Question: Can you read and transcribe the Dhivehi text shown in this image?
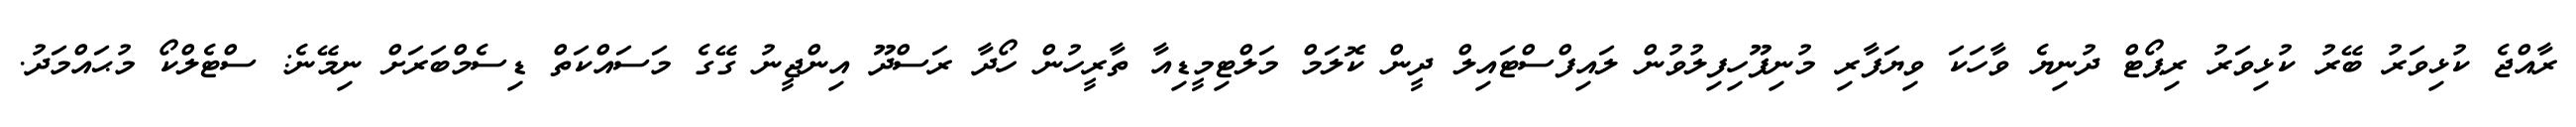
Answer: ރާއްޖެ ކުޅިވަރު ބޭރު ކުޅިވަރު ރިޕޯޓް ދުނިޔެ ވާހަކަ ވިޔަފާރި މުނިފޫހިފިލުވުން ލައިފްސްޓައިލް ދީން ކޮލަމް މަލްޓިމީޑިއާ ތާރީހުން ހޯދާ ރަސްދޫ އިންޖީނު ގޭގެ މަސައްކަތް ޑިސެމްބަރަށް ނިމޭނެ: ސްޓެލްކޯ މުޙައްމަދު.